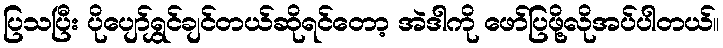
ပြသပြီး ပိုပျော်ရွှင်ချင်တယ်ဆိုရင်တော့ အဲဒါကို ဖော်ပြဖို့လိုအပ်ပါတယ်။